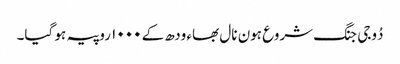
دُوجی جنگ شروع ہون نال بھاء ودھ کے ١٠٠٠ روپیہ ہو گیا۔